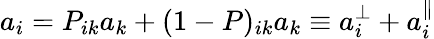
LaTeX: a_{i}=P_{ik}a_{k}+(1-P)_{ik}a_{k}\equiv a_{i}^{\perp}+a_{i}^{\parallel}